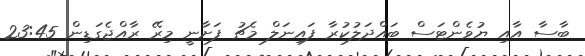
ބާސާ އާއި ޔުވެންޓަސް ބައްދަލުކުރާ ފައިނަލް މެޗު ފަށާނީ މިރޭ ރާއްޖެގަޑިން 23:45